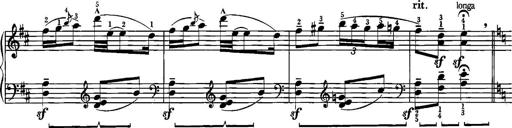
Title: Sonatina for Piano
Composer: BÃ©la BartÃ³k